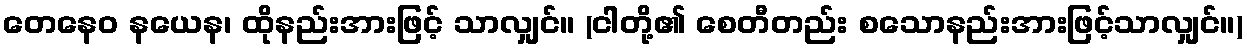
တေနေဝ နယေန၊ ထိုနည်းအားဖြင့် သာလျှင်။ (ငါတို့၏ စေတီတည်း စသောနည်းအားဖြင့်သာလျှင်။)